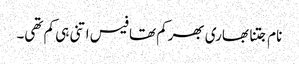
نام جتنا بھاری بھرکم تھا فیس اتنی ہی کم تھی۔